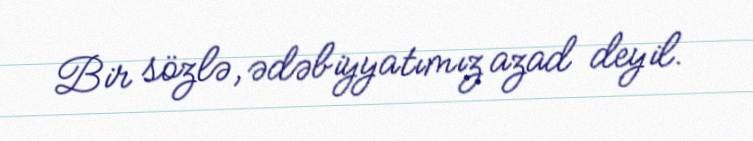
Bir sözlə, ədəbiyyatımız azad deyil.